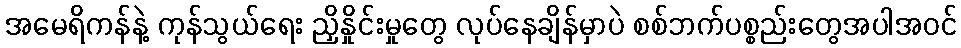
အမေရိကန်နဲ့ ကုန်သွယ်ရေး ညှိနှိုင်းမှုတွေ လုပ်နေချိန်မှာပဲ စစ်ဘက်ပစ္စည်းတွေအပါအဝင်